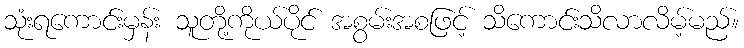
သုံးရကောင်းမှန်း သူတို့ကိုယ်ပိုင် အစွမ်းအစဖြင့် သိကောင်းသိလာလိမ့်မည်။